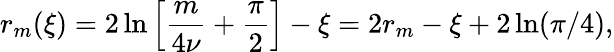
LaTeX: r_{m}(\xi)=2\ln\left[\frac{m}{4\nu}+\frac{\pi}{2}\right]-\xi=2r_{m}-\xi+2\ln(\pi/4),